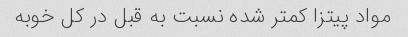
مواد پیتزا کمتر شده نسبت به قبل در کل خوبه